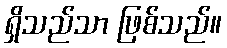
ရှိသည်သာ ဖြစ်သည်။